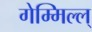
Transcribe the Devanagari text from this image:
गेम्मिल्ल्